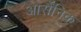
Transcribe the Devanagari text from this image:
आर्सैंनिक